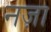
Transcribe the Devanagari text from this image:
नज़ा